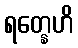
ရတ္နေဟိ